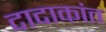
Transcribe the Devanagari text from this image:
दादाकांत